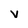
Character: v